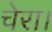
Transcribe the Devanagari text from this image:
चेरा।